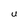
Character: U